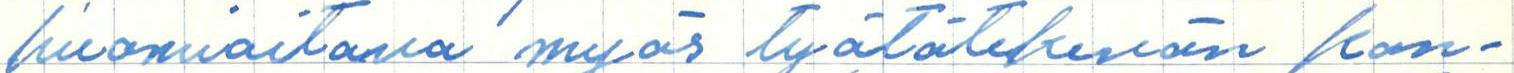
huomioitava myös työtätekevän kan-